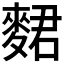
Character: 𪌺